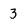
Character: 3